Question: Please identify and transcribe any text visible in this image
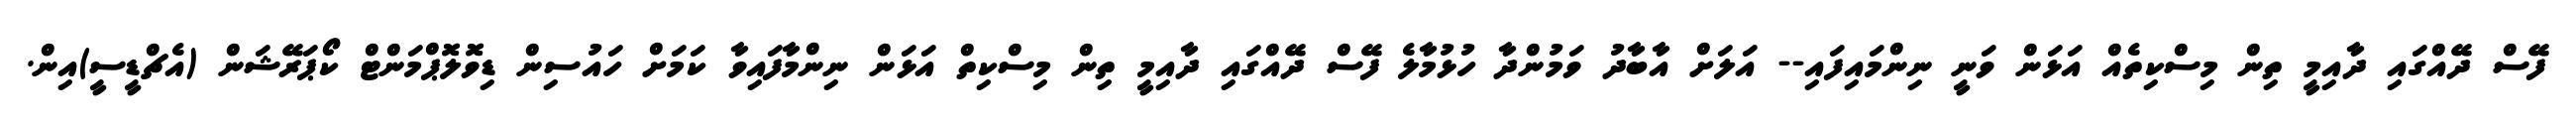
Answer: ފޭސް ދޭއްގައި ދާއިމީ ތިން މިސްކިތެއް އަޅަން ވަނީ ނިންމައިފައި-- އަލަށް އާބާދު ވަމުންދާ ހުޅުމާލެ ފޭސް ދޭއްގައި ދާއިމީ ތިން މިސްކިތް އަޅަން ނިންމާފައިވާ ކަމަށް ހައުސިން ޑިވޮލޮޕްމަންޓް ކޯޕަރޭޝަން (އެޗްޑީސީ)އިން.